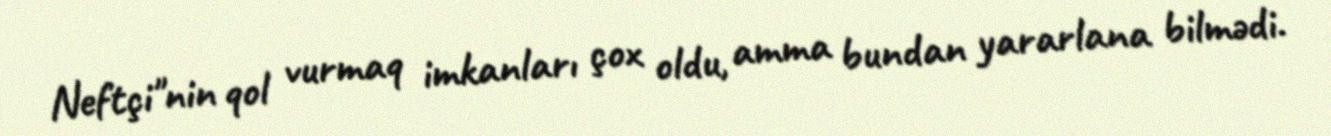
Neftçi"nin qol vurmaq imkanları çox oldu, amma bundan yararlana bilmədi.